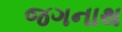
જગનાથ